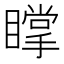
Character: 𥋇